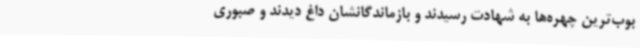
بوب‌ترین چهره‌ها به شهادت رسیدند و بازماندگانشان داغ دیدند و صبوری